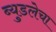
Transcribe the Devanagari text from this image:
ब्युडलेचा